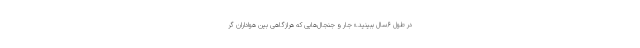
در طول 6سال ببینید.» جار و جنجال‌هایی که هرازگاهی بین هواداران گر